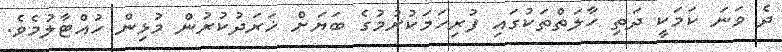
ދެ ވަނަ ކަމަކީ ދަތި ހާލަތްތަކުގައި ފުރިހަމަކުރުމުގެ ބަޔަށް ޚަރަދުކުރުން މުޅިން ހުއްޓާލުމެވެ.